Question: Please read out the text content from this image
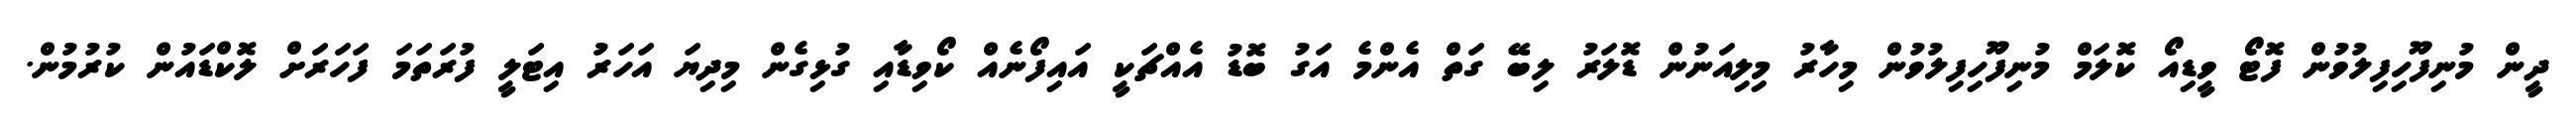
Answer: ދީން މުނިފޫހިފިލުވުން ފޮޓޯ ވީޑިއޯ ކޮލަމް މުނިފޫހިފިލުވުން މިހާރު މިލިއަނުން ޑޮލަރު ލިބޭ ގަތް އެންމެ އަގު ބޮޑު އެއްޗަކީ އައިފޯނެއް ކޯވިޑާއި ގުޅިގެން މިދިޔަ އަހަރު އިޓަލީ ފުރަތަމަ ފަހަރަށް ލޮކްޑައުން ކުރުމުން.